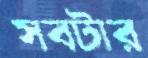
সবটার